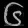
Digit: ၆